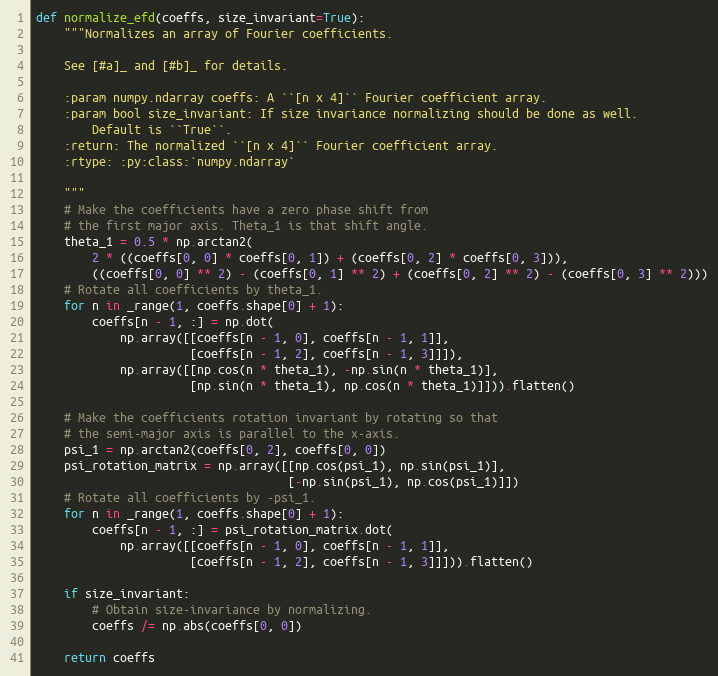
Language: Python
def normalize_efd(coeffs, size_invariant=True):
    """Normalizes an array of Fourier coefficients.

    See [#a]_ and [#b]_ for details.

    :param numpy.ndarray coeffs: A ``[n x 4]`` Fourier coefficient array.
    :param bool size_invariant: If size invariance normalizing should be done as well.
        Default is ``True``.
    :return: The normalized ``[n x 4]`` Fourier coefficient array.
    :rtype: :py:class:`numpy.ndarray`

    """
    # Make the coefficients have a zero phase shift from
    # the first major axis. Theta_1 is that shift angle.
    theta_1 = 0.5 * np.arctan2(
        2 * ((coeffs[0, 0] * coeffs[0, 1]) + (coeffs[0, 2] * coeffs[0, 3])),
        ((coeffs[0, 0] ** 2) - (coeffs[0, 1] ** 2) + (coeffs[0, 2] ** 2) - (coeffs[0, 3] ** 2)))
    # Rotate all coefficients by theta_1.
    for n in _range(1, coeffs.shape[0] + 1):
        coeffs[n - 1, :] = np.dot(
            np.array([[coeffs[n - 1, 0], coeffs[n - 1, 1]],
                      [coeffs[n - 1, 2], coeffs[n - 1, 3]]]),
            np.array([[np.cos(n * theta_1), -np.sin(n * theta_1)],
                      [np.sin(n * theta_1), np.cos(n * theta_1)]])).flatten()

    # Make the coefficients rotation invariant by rotating so that
    # the semi-major axis is parallel to the x-axis.
    psi_1 = np.arctan2(coeffs[0, 2], coeffs[0, 0])
    psi_rotation_matrix = np.array([[np.cos(psi_1), np.sin(psi_1)],
                                    [-np.sin(psi_1), np.cos(psi_1)]])
    # Rotate all coefficients by -psi_1.
    for n in _range(1, coeffs.shape[0] + 1):
        coeffs[n - 1, :] = psi_rotation_matrix.dot(
            np.array([[coeffs[n - 1, 0], coeffs[n - 1, 1]],
                      [coeffs[n - 1, 2], coeffs[n - 1, 3]]])).flatten()

    if size_invariant:
        # Obtain size-invariance by normalizing.
        coeffs /= np.abs(coeffs[0, 0])

    return coeffs